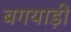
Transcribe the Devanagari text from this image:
बगयाड़ी